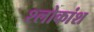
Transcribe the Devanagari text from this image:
श्लोकांश